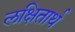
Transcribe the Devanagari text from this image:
लक्षितार्थ